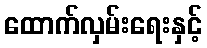
ထောက်လှမ်းရေးနှင့်